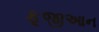
ફૂજીઆન